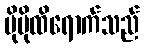
ပိုမိုထိရောက်သည်